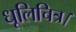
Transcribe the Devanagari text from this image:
धूलिचित्र।